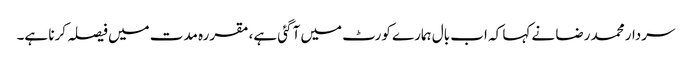
سردار محمد رضا نے کہا کہ اب بال ہمارے کورٹ میں آگئی ہے، مقررہ مدت میں فیصلہ کرنا ہے۔